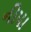
નીપા